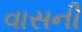
વાસની